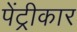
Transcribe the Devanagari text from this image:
पेंट्रीकार